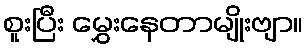
စူးပြီး မွှေးနေတာမျိုးဗျာ။